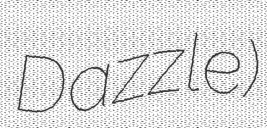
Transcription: Dazzle)